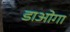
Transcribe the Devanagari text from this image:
डाओगा